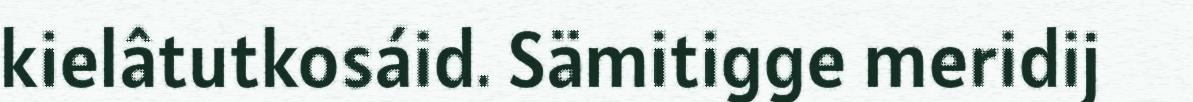
kielâtutkosáid. Sämitigge meridij